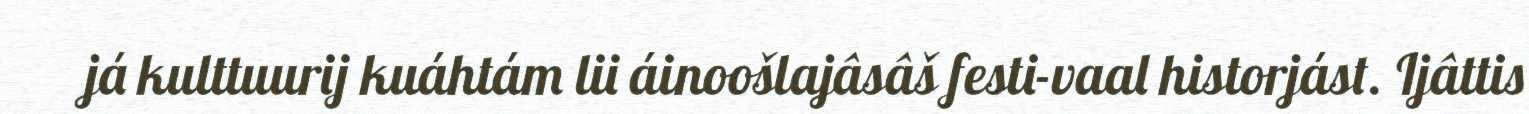
já kulttuurij kuáhtám lii áinoošlajâsâš festi-vaal historjást. Ijâttis